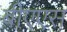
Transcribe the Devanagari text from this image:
बीएएस